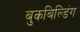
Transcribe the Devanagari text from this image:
बुकबिल्डिंग